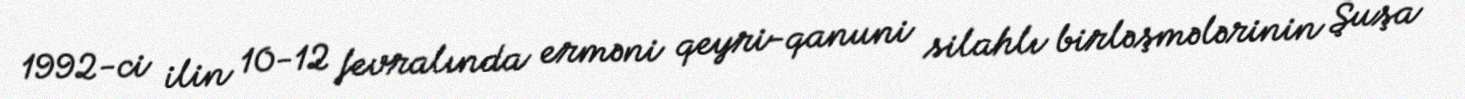
1992-ci ilin 10-12 fevralında erməni qeyri-qanuni silahlı birləşmələrinin Şuşa